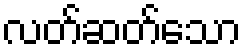
လတ်ဆတ်သော